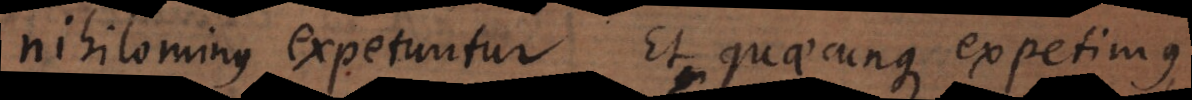
nihilominus expetuntur. Et quaecunque expetimus,